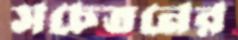
সচেতনের